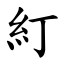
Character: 糽